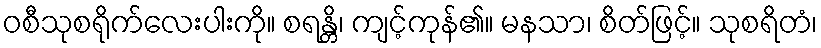
ဝစီသုစရိုက်လေးပါးကို။ စရန္တိ၊ ကျင့်ကုန်၏။ မနသာ၊ စိတ်ဖြင့်။ သုစရိတံ၊